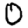
Digit: 0